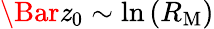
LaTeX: \Bar{\mathit{z}}_{0}\sim\ln{(R_{\mathrm{{M}}})}